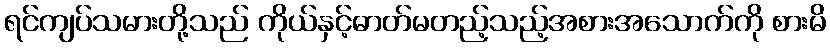
ရင်ကျပ်သမားတို့သည် ကိုယ်နှင့်ဓာတ်မတည့်သည့်အစားအသောက်ကို စားမိ